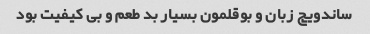
ساندویچ زبان و بوقلمون بسیار بد طعم و بی کیفیت بود